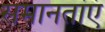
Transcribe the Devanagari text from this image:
समानतांएं